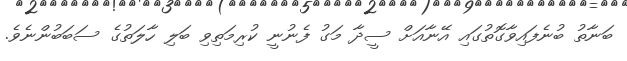
ބަނާތު ބުނެފައިވާގޮތުގައި އޭނާއަށް ސީދާ މަގު ފެނުނީ ކުރިމަތިވި ބަލި ހާލަތުގެ ސަބަބުންނެވެ.